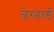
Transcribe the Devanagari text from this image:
जेरहार्ड